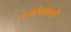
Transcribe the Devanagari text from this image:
धर्मचक्राची